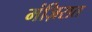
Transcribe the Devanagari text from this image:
मंज़िरात